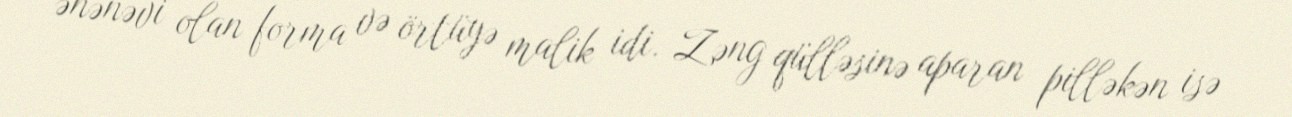
ənənəvi olan forma və örtüyə malik idi. Zəng qülləsinə aparan pilləkən isə